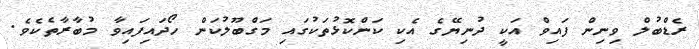
ރެޑްބުލް ވިނިން ފައިވް އަކީ ދުނިޔޭގެ އެކި ކަންކޮޅުތަކުގައި މަގްބޫލުކަން ހޯދައިފައިވާ މުބާރާތެކެވެ.